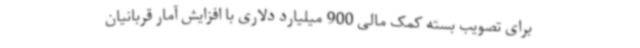
برای تصویب بسته کمک مالی 900 میلیارد دلاری با افزایش آمار قربانیان